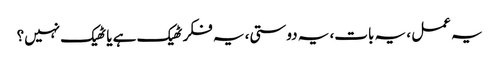
یہ عمل ، یہ بات، یہ دوستی، یہ فکر ٹھیک ہے یا ٹھیک نہیں؟